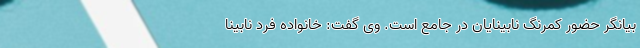
بیانگر حضور کمرنگ نابینایان در جامع است. وی گفت: خانواده فرد نابینا